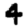
Digit: 4